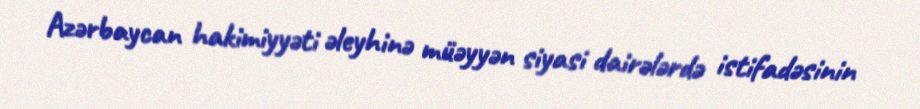
Azərbaycan hakimiyyəti əleyhinə müəyyən siyasi dairələrdə istifadəsinin